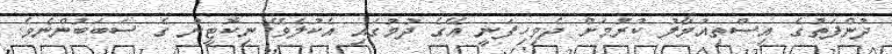
ދުންފަތުގެ އިސްތިއުމާލު ކުރުމަށް ދެވިހިފަނީ އޭގެ ދުމުގައި އެކުލެވޭ ނިކޮޓީން ގެ ސަބަބުންނެވެ.